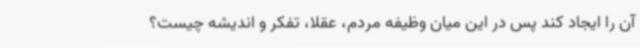
آن را ایجاد کند پس در این میان وظیفه مردم، عقلا، تفکر و اندیشه چیست؟